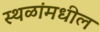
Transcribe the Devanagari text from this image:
स्थळांमधील